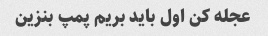
عجله کن اول باید بریم پمپ بنزین